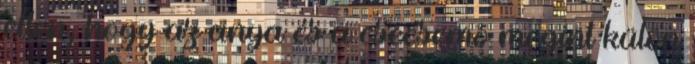
ellen, hogy az anya és a csecsemõ megint külön